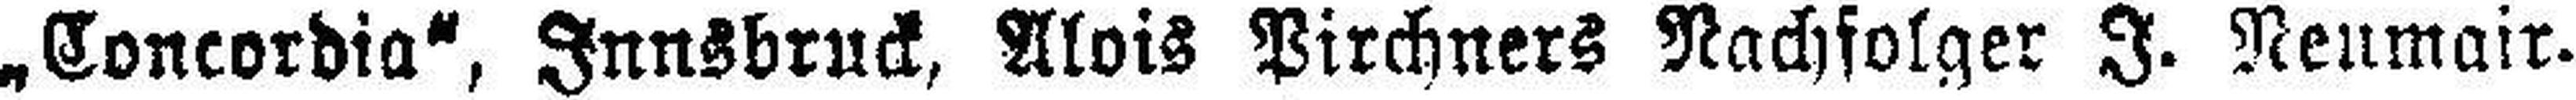
„Concordia“, Innsbruck, Alois Pirchners Nachfolger J. Neumair.